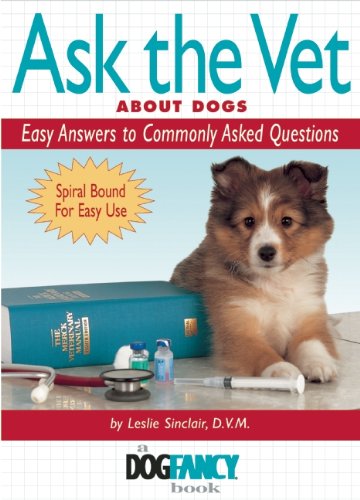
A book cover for Ask the Vet About Dogs: Easy Answers to Commonly Asked Questions (Dog Fancy Books); Leslie Sinclair; Medical Books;